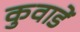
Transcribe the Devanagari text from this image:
कुवाडें